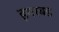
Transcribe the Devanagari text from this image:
इयरबड